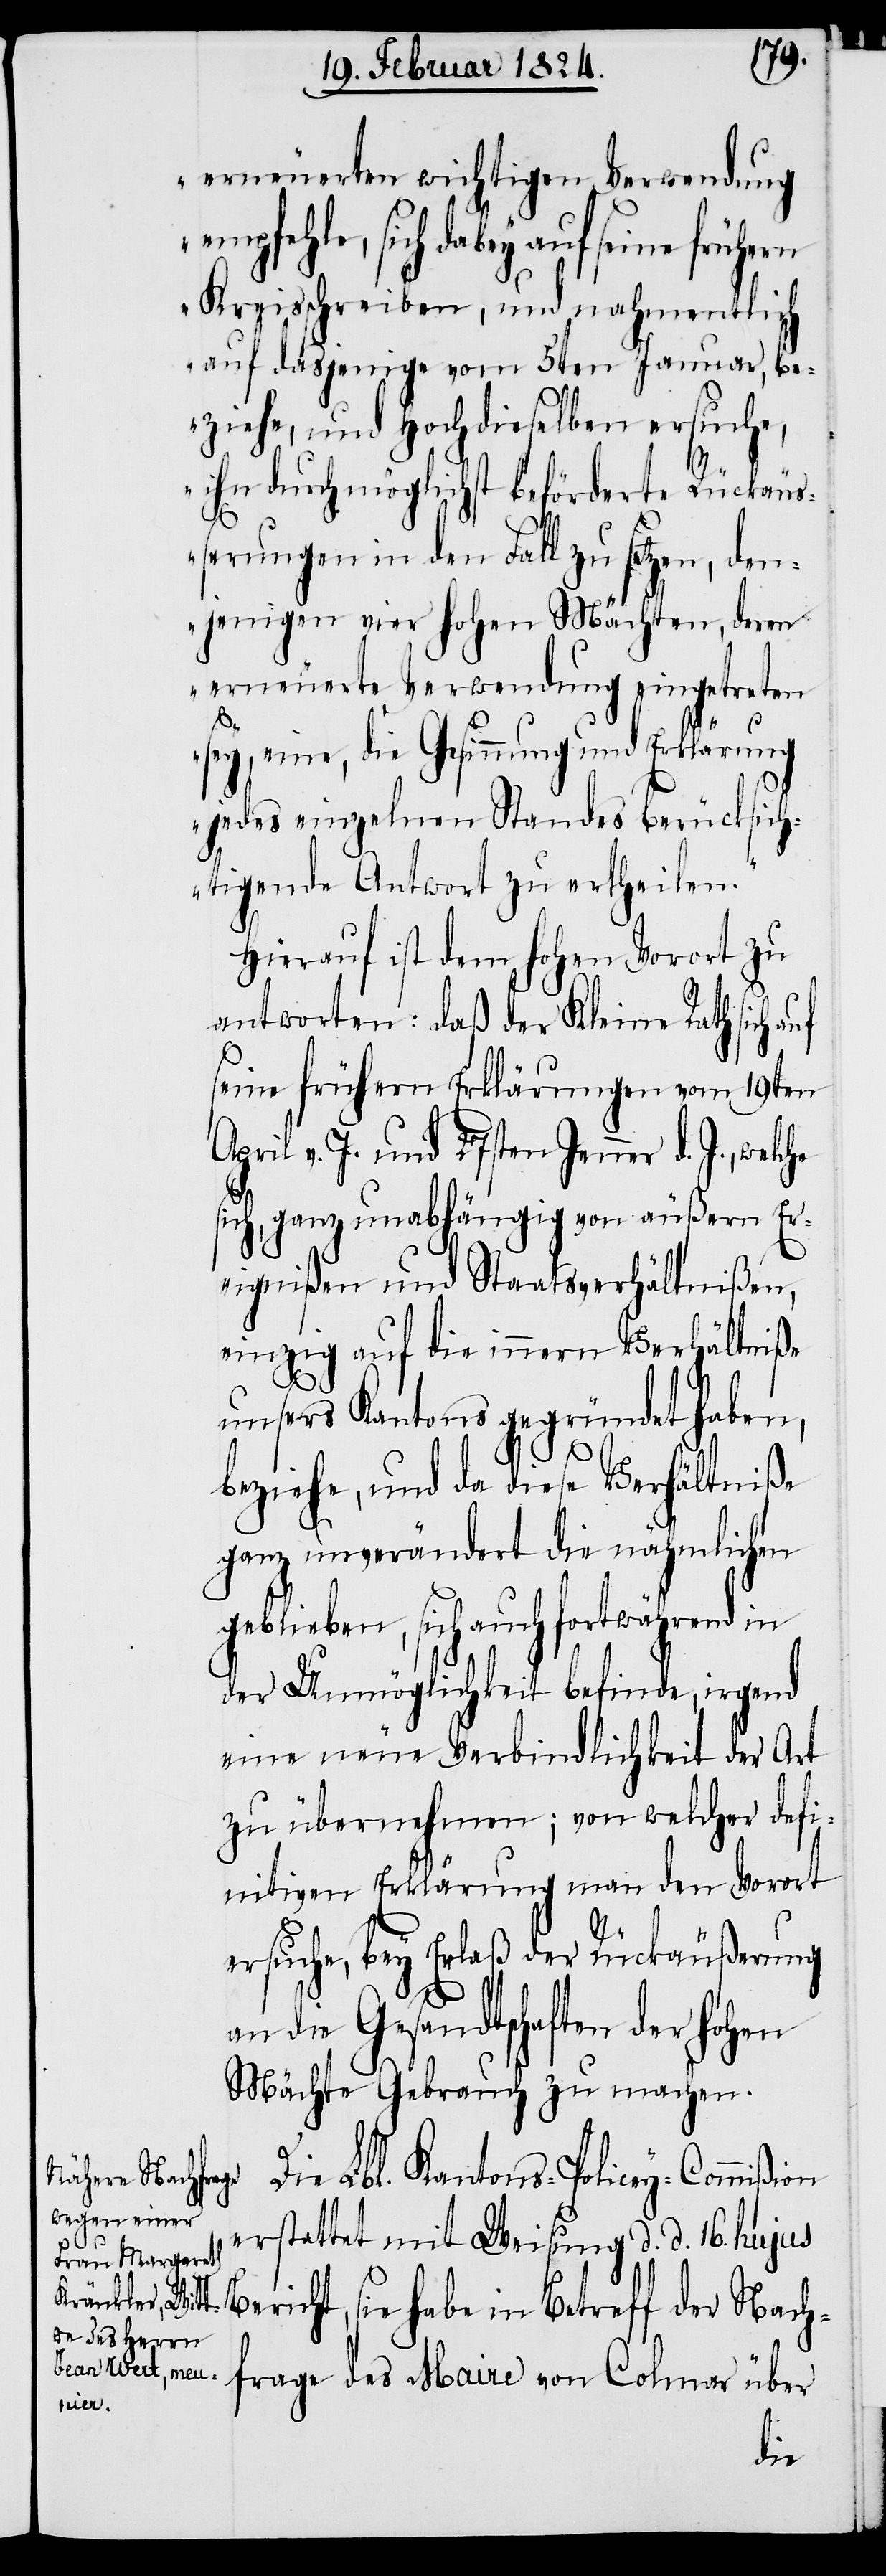
erneuerten wichtigen Verwendung
empfehle, sich dabey auf seine
Kreisschreiben, und nahmentlich
auf dasjenige vom 5ten Januar, be¬
ziehe, und Hochdieselben ersuche,
ihn durch möglichst beförderte Rückäu¬
ßerungen in den Fall zu setzen, den¬
jenigen vier hohen Mächten, deren
erneuerte Verwendung eingetreten
sey, eine, die Gesinnung und Erklärung
jedes einzelnen Standes berücksich¬
tigende Antwort zu ertheilen.“
Hierauf ist dem hohen Vorort zu
antworten: daß der Kleine Rath sich
seine frühern Erklärungen vom 19ten
April v. J. und 27sten Jenner d. J.,
sich, ganz unabhängig von äußern Er¬
eignißen und Staatsverhältnißen,
einzig auf die innern Verhältniße
unsers Kantons gegründet haben,
beziehe, und da diese Verhältniße
ganz unverändert die nähmlichen
geblieben, sich auch fortwährend in
der Unmöglichkeit befinde, irgend
eine neue Verbindlichkeit der Art
zu übernehmen; von welcher defi¬
nitiven Erklärung man den Vorort
ersuche, bey Erlaß der Rückäußerung
an die Gesandtschaften der hohen
Mächte Gebrauch zu machen.
Die Lbl. Kantons-Policey-Commißion
erstattet mit Weisung d. d. 16. hujus
Bericht, sie habe in Betreff der Nach¬
frage des Maire von Colmar über